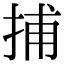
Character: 捕